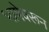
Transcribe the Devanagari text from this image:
भाषेवरून